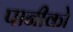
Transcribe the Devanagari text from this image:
पानीको